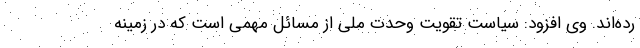
رده‌اند. وی افزود: سیاست تقویت وحدت ملی از مسائل مهمی است که در زمینه